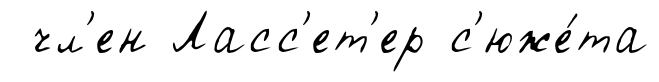
чл'ен Ласс'ет'ер с'юже́та